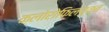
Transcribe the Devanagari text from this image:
क्लोरोफिलयुक्त